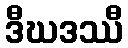
ဒီဃဒဿီ